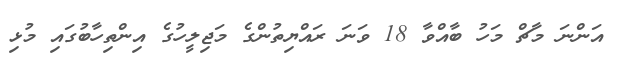
އަންނަ މާޗް މަހު ބާއްވާ 18 ވަނަ ރައްޔިތުންގެ މަޖިލީހުގެ އިންތިހާބުގައި މުޅި